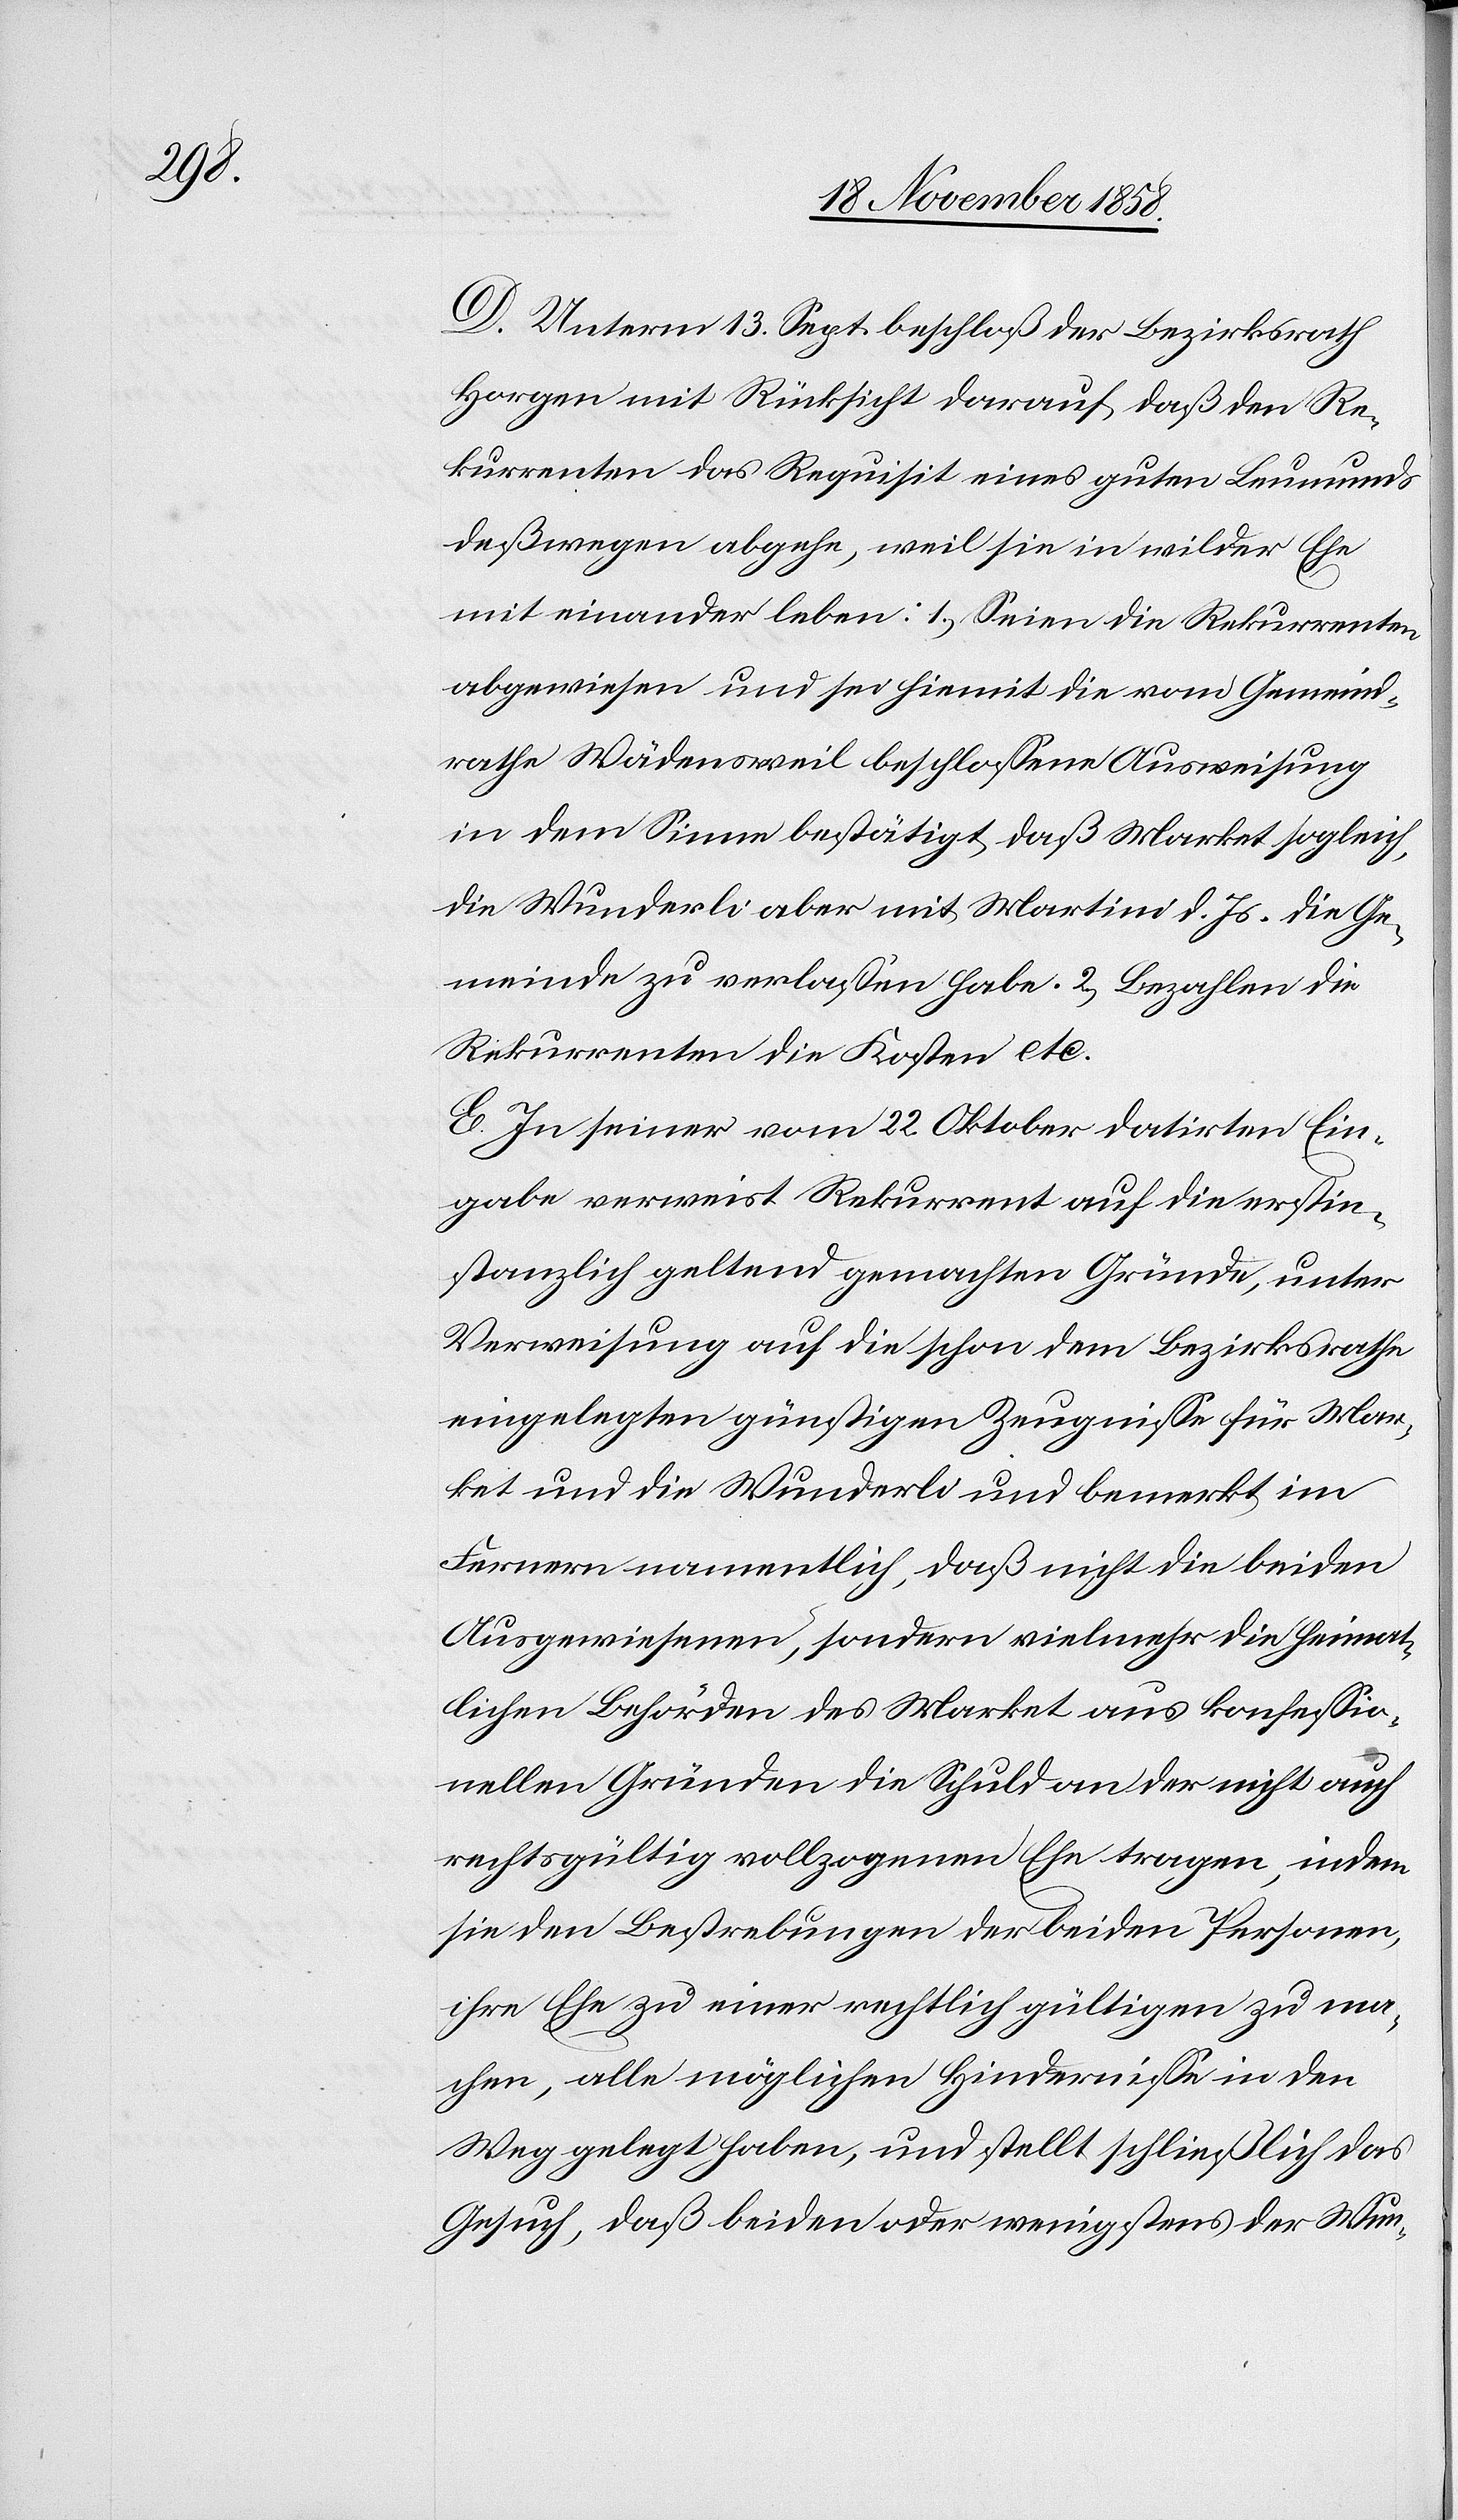
D. Unterm 13. Sept. beschloß der Bezirksrath
Horgen mit Rücksicht darauf, daß den Re¬
kurrenten das Requisit eines guten Leumunds
deßwegen abgehe, weil sie in wilder Ehe
mit einander leben: 1.) Seien die Rekurrenten
abgewiesen und sei hiemit die vom Gemeind¬
rathe Wädensweil beschlossene Ausweisung
in dem Sinne bestätigt, daß Market sogleich,
die Wunderli aber mit Martini d. Js. die Ge¬
meinde zu verlassen habe. 2.) Bezahlen die
Rekurrenten die Kosten etc.
E. In seiner vom 22. Oktober datirten Ein¬
gabe verweist Rekurrent auf die erstin¬
stanzlich geltend gemachten Gründe, unter
Verweisung auf die schon dem Bezirksrathe
eingelegten günstigen Zeugnisse für Mar¬
ket und die Wunderli und bemerkt im
Fernern namentlich, daß nicht die beiden
Ausgewiesenen, sondern vielmehr die heimat¬
lichen Behörden des Market aus konfessio¬
nellen Gründen die Schuld an der nicht auch
rechtsgültig vollzogenen Ehe tragen, indem
sie den Bestrebungen der beiden Personen,
ihre Ehe zu einer rechtlich gültigen zu ma¬
chen, alle möglichen Hindernisse in den
Weg gelegt haben, und stellt schließlich das
Gesuch, daß beiden oder wenigstens der Wun-